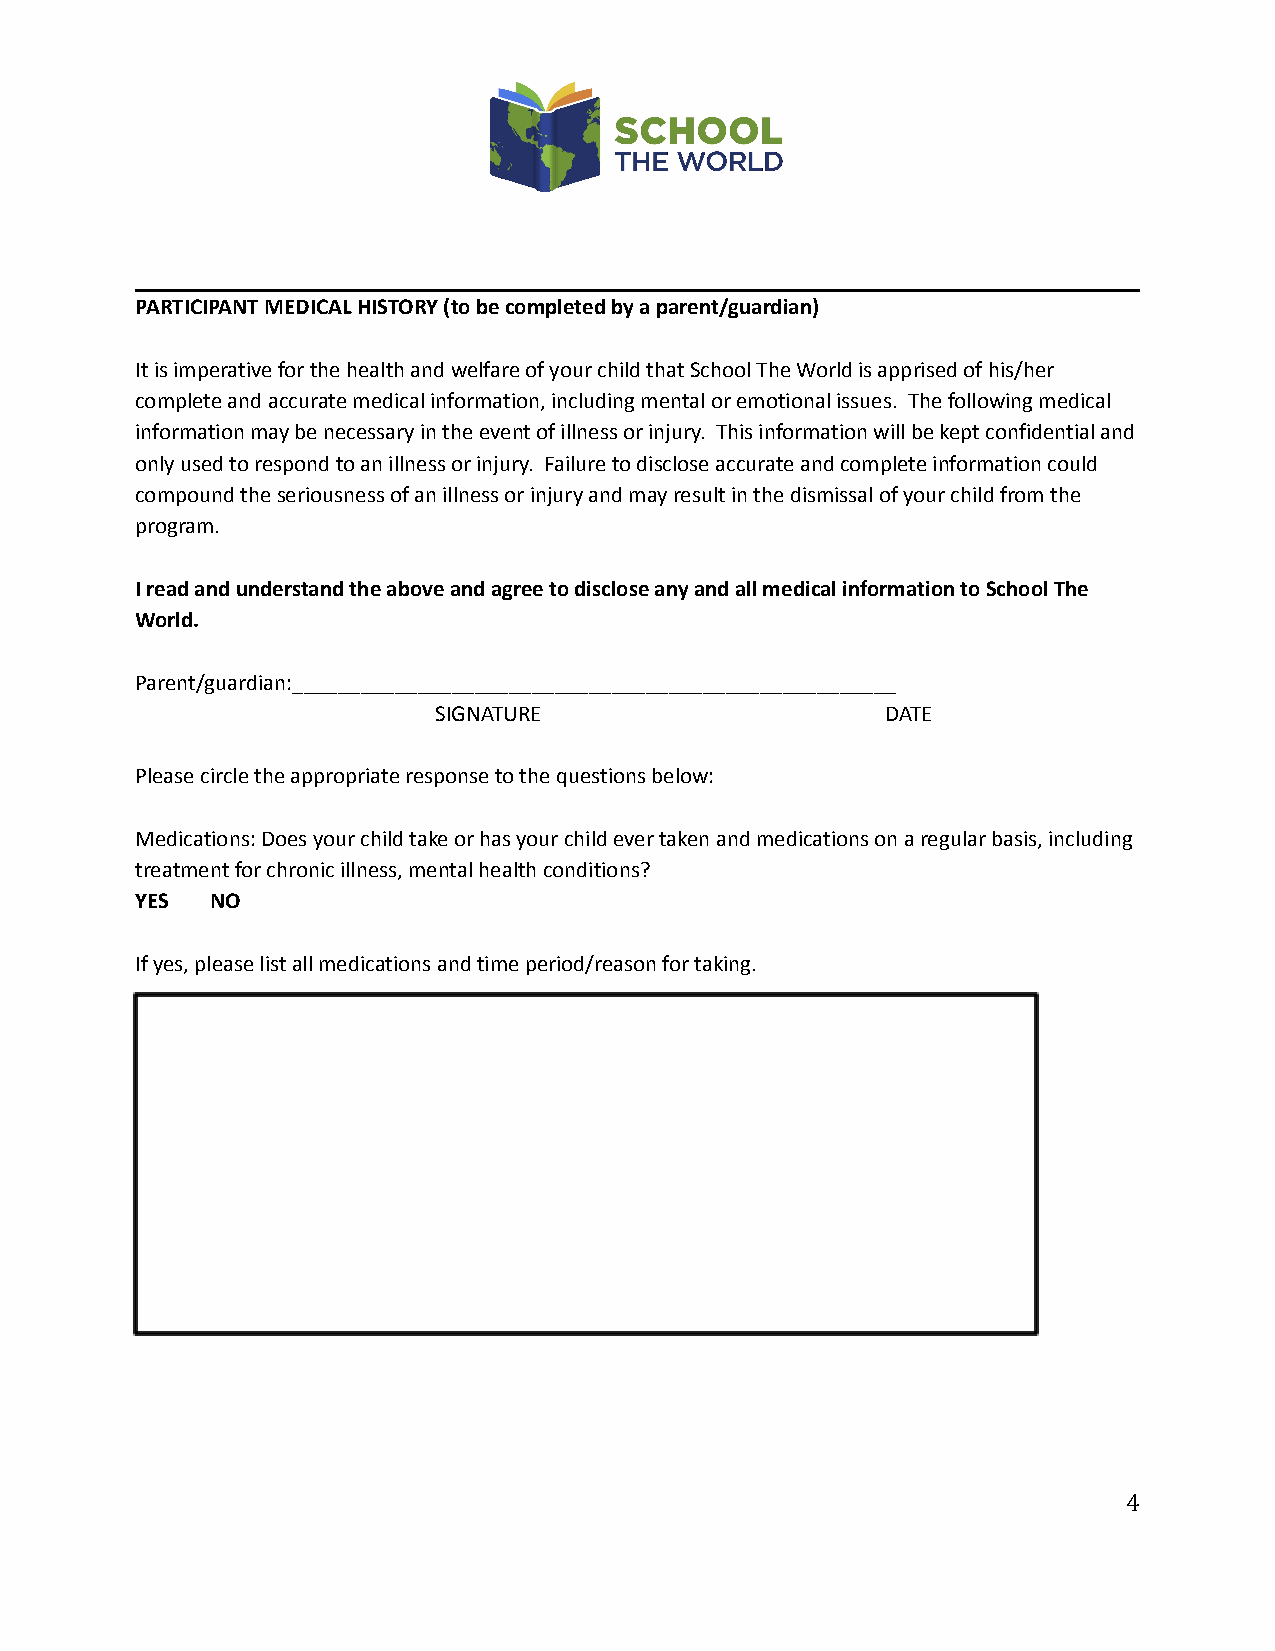
PARTICIPANT MEDICAL HISTORY (to be completed by a parent/guardian)
 It is imperative for the health and welfare of your child that School The World is apprised of his/her
 complete and accurate medical information, including mental or emotional issues. The following medical
 information may be necessary in the event of illness or injury. This information will be kept confidential and
 only used to respond to an illness or injury. Failure to disclose accurate and complete information could
 compound the seriousness of an illness or injury and may result in the dismissal of your child from the
 program.
 I read and understand the above and agree to disclose any and all medical information to School The
 World.
 Parent/guardian:_____________________________________________________
 SIGNATURE                     DATE
 Please circle the appropriate response to the questions below:
 Medications: Does your child take or has your child ever taken and medications on a regular basis, including
 treatment for chronic illness, mental health conditions?
 YES  NO
 If yes, please list all medications and time period/reason for taking.
 4